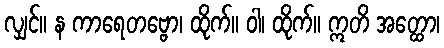
လျှင်။ န ကာရေတဗ္ဗော၊ ထိုက်။ ဝါ၊ ထိုက်။ ဣတိ အတ္ထော၊